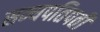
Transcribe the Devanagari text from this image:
सम्यपतिपती